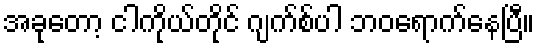
အခုတော့ ငါကိုယ်တိုင် ဂျက်စ်ပါ ဘဝရောက်နေပြီ။